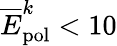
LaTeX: \overline{{E}}_{\mathrm{{pol}}}^{k}<10